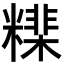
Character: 𥼠